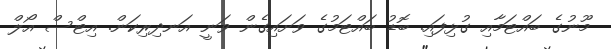
މޫނުގެ ބައްޓަމާއި ގުޅިފައި. ބޮޑު ބައްޓަމުގެ ވަށައިގެން ވަނީ އަނދިރިކަން. އިޓްސް އޯލް